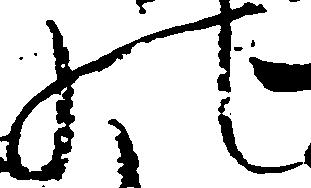
の